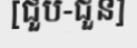
[ជួប-ជួន]